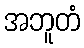
အဘူတံ